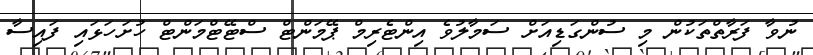
ނުވާ ފަރާތްތަކުން މި ސުންގަޑިއަށް ސަމާލުވެ އިންޓެރިމް ޕޭމަންޓް ސްޓޭޓްމަންޓް ހުށަހަޅައި ފައިސާ